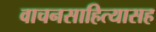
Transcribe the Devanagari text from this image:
वाचनसाहित्यासह